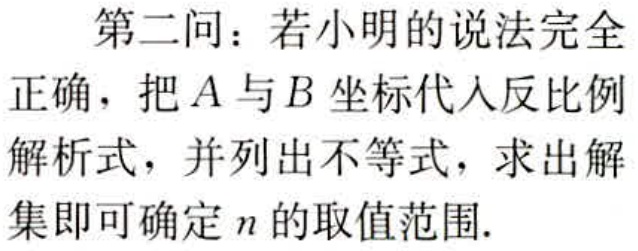
第二问：若小明的说法完全
正确，把\(A\)与\(B\)坐标代入反比例
解析式，并列出不等式，求出解
集即可确定\(n\)的取值范围.